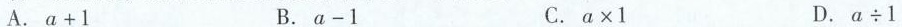
$$A.a+1$$ $$B.a-1$$ $$C.a×1$$ $$D.α÷1$$